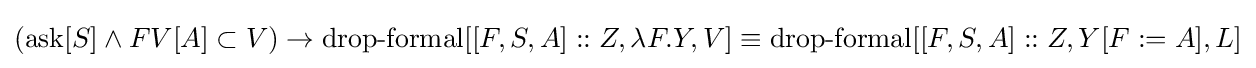
(\operatorname {ask} [S]\land FV[A]\subset V)\to \operatorname {drop-formal} [[F,S,A]::Z,\lambda F.Y,V]\equiv \operatorname {drop-formal} [[F,S,A]::Z,Y[F:=A],L]